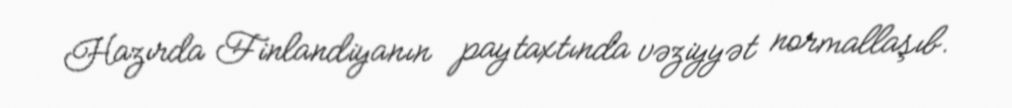
Hazırda Finlandiyanın paytaxtında vəziyyət normallaşıb.